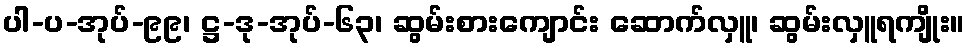
ပါ-ပ-အုပ်-၉၉၊ ဋ္ဌ-ဒု-အုပ်-၆၃၊ ဆွမ်းစားကျောင်း ဆောက်လှူ၊ ဆွမ်းလှူရကျိုး။